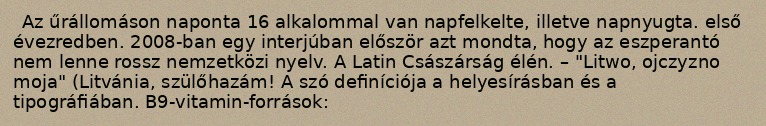
Az űrállomáson naponta 16 alkalommal van napfelkelte, illetve napnyugta. első évezredben. 2008-ban egy interjúban először azt mondta, hogy az eszperantó nem lenne rossz nemzetközi nyelv. A Latin Császárság élén. – "Litwo, ojczyzno moja" (Litvánia, szülőhazám! A szó definíciója a helyesírásban és a tipográfiában. B9-vitamin-források: